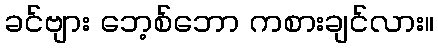
ခင်ဗျား ဘေ့စ်ဘော ကစားချင်လား။